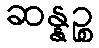
ဆန္နဉ္စ